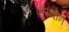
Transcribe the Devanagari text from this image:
हेरादीन